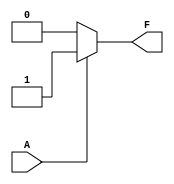
module single_variable_kmap (
    input wire A,          // Input variable
    output wire F         // Output variable
);

// Parameters for the output values based on the K-map
parameter F0 = 0; // Output when A = 0
parameter F1 = 1; // Output when A = 1

// Combinational logic to determine output F based on input A
assign F = (A == 1) ? F1 : F0;

endmodule